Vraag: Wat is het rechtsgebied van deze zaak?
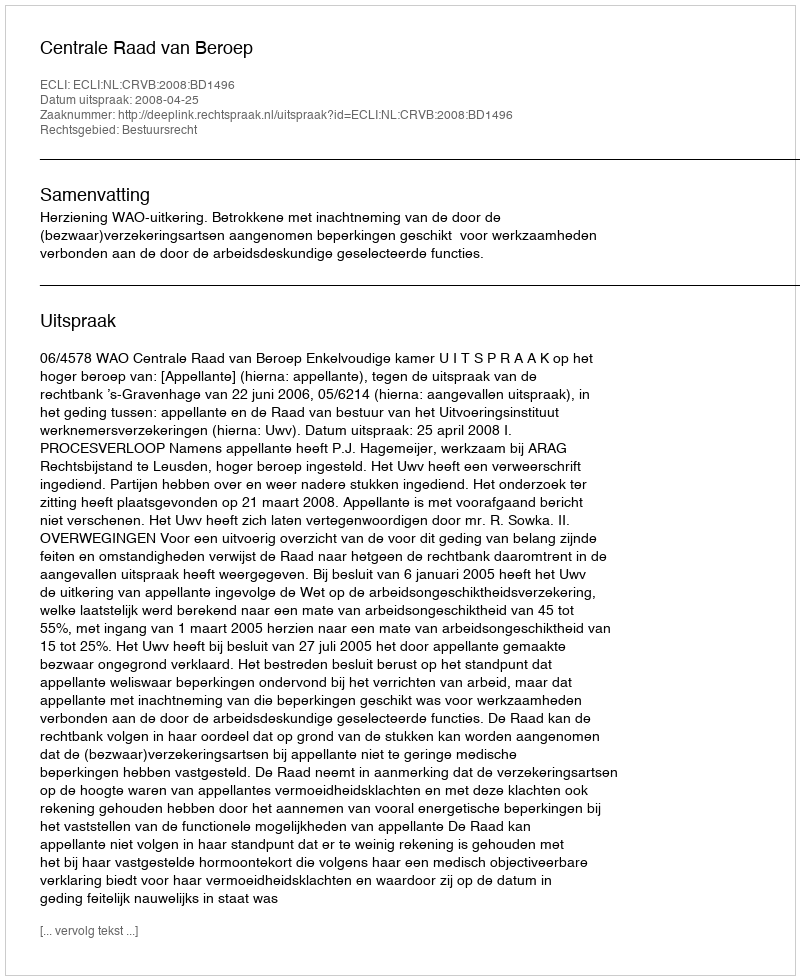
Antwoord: Bestuursrecht